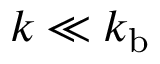
k \ll k _ { \mathrm { b } }